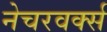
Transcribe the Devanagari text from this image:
नेचरवर्क्स